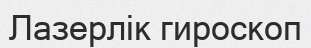
Лазерлік гироскоп